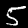
Label: 5